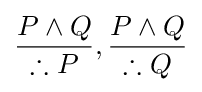
{\frac {P\land Q}{\therefore P}},{\frac {P\land Q}{\therefore Q}}